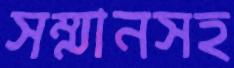
সম্মানসহ